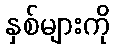
နှစ်များကို